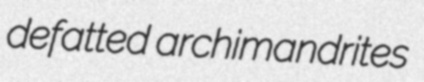
defatted archimandrites